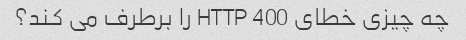
چه چیزی خطای HTTP 400 را برطرف می کند؟